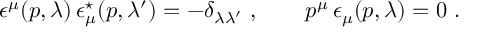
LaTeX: \epsilon ^ { \mu } ( p , \lambda ) \, \epsilon _ { \mu } ^ { \star } ( p , \lambda ^ { \prime } ) = - \delta _ { \lambda \lambda ^ { \prime } } \ , \qquad p ^ { \mu } \, \epsilon _ { \mu } ( p , \lambda ) = 0 \ .